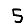
Digit: 5